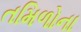
તમિળોના